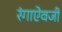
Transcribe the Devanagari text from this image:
रंगाऐवजी